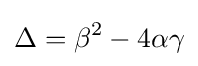
\Delta =\beta ^{2}-4\alpha \gamma